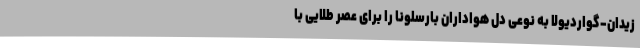
زیدان-گواردیولا به نوعی دل هواداران بارسلونا را برای عصر طلایی با